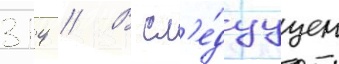
314 // В сл'е́дуущем